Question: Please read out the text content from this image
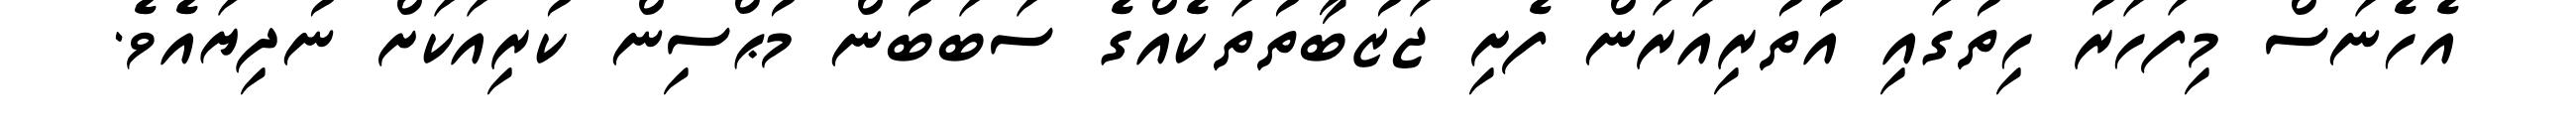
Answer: އެހެނަސް މިފަހަރު ހިތުގައި އުތުރިއަރަން ފެށި ޖަޒުބާތުތަކެއްގެ ސަބަބުން މުޙްސިން ކުރިއަކަށް ނުދިޔައެވެ.